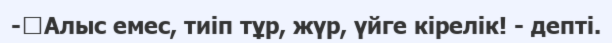
-	Алыс емес, тиіп тұр, жүр, үйге кірелік! - депті.